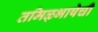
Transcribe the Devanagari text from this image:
तमिऴभाषेची